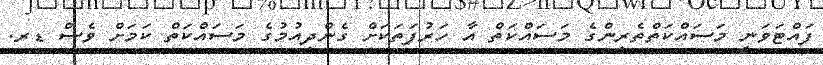
ފައްޓަވަނީ މަސައްކަތްތެރިންގެ މަސައްކަތް އާ ހަރުފަތަކަށް ގެންދިއުމުގެ މަސައްކަތް ކަމަށް ވެސް ޑރ.